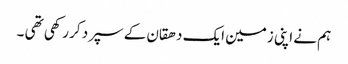
ہم نے اپنی زمین ایک دھقان کے سپرد کر رکھی تھی ۔